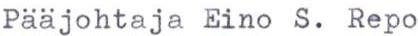
Pääjohtaja Eino S. Repo